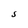
Character: S